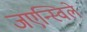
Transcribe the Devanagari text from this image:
जएन्स्विले